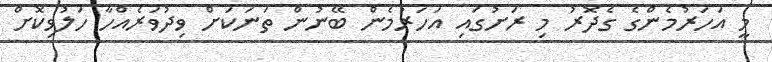
މީ އަހަރުމެންގެ ގެދޮރު މި ރަށުގައި އަހަރުމެން ބޭނުން ތަނަކަށް ވިދުވަރެއްހާ ހަލުވިކޮށް